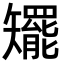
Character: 矲